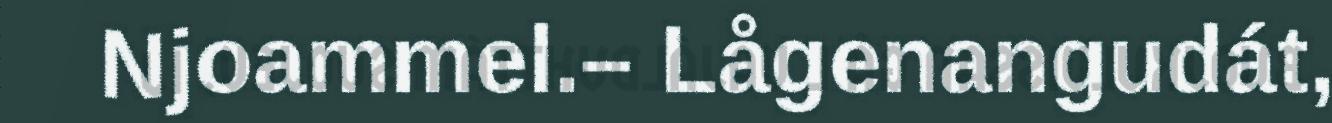
Njoammel.– Lågenangudát,